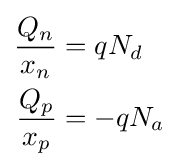
{\begin{aligned}{\frac {Q_{n}}{x_{n}}}&=qN_{d}\\{\frac {Q_{p}}{x_{p}}}&=-qN_{a}\\\end{aligned}}